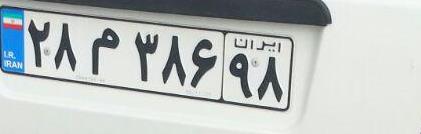
۲۸م۳۸۶۹۸